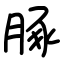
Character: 䐁